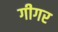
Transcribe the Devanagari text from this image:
गीगर